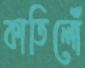
কাতিলোঁ